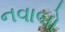
નવાબો